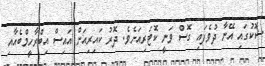
ޝޮކުގައި އޭނާ ދުވެފައި ގޮސް ވަނީ ކޮޓަރިއަށެވެ. ދޮރު ކައިރިއަށް އައިސް އިބްރާހީމްބެއާއި